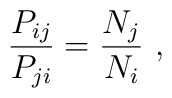
{P_{ij}\over P_{ji}} = {N_{j}\over N_{i}}~,